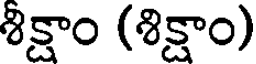
శిక్షాం (శిక్షాం)